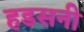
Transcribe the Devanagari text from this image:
हडसनी